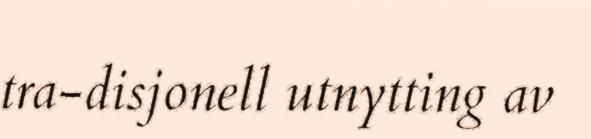
tra-disjonell utnytting av